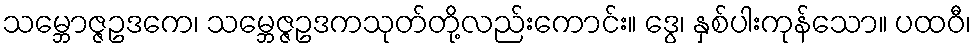
သမ္ဘောဇ္ဇဥဒကေ၊ သမ္ဘေဇ္ဇဥဒကသုတ်တို့လည်းကောင်း။ ဒွေ၊ နှစ်ပါးကုန်သော။ ပထဝီ၊